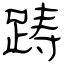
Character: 踌